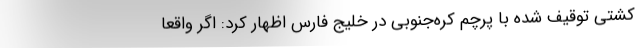
کشتی توقیف شده با پرچم کره‌جنوبی در خلیج فارس اظهار کرد: اگر واقعاً